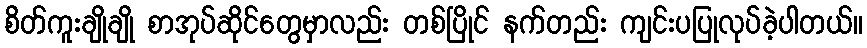
စိတ်ကူးချိုချို စာအုပ်ဆိုင်တွေမှာလည်း တစ်ပြိုင် နက်တည်း ကျင်းပပြုလုပ်ခဲ့ပါတယ်။